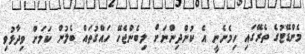
މެންޑޭޓުގެ ތެރޭގައި ހިމެނެނީ އެ ކުންދިންނަށް ލިބެންޖެހޭ ހައްގުތައް ބެލުން ކަމަށް ވިދާޅުވި